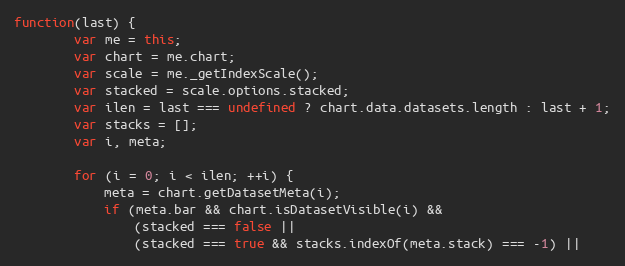
Language: JavaScript
function(last) {
		var me = this;
		var chart = me.chart;
		var scale = me._getIndexScale();
		var stacked = scale.options.stacked;
		var ilen = last === undefined ? chart.data.datasets.length : last + 1;
		var stacks = [];
		var i, meta;

		for (i = 0; i < ilen; ++i) {
			meta = chart.getDatasetMeta(i);
			if (meta.bar && chart.isDatasetVisible(i) &&
				(stacked === false ||
				(stacked === true && stacks.indexOf(meta.stack) === -1) ||